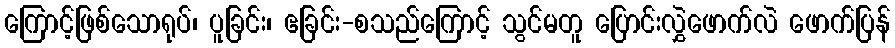
ကြောင့်ဖြစ်သောရုပ်၊ ပူခြင်း၊ ဧခြင်း-စသည်ကြောင့် သွင်မတူ ပြောင်းလွှဲဖောက်လဲ ဖောက်ပြန်